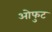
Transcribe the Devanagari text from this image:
ओफुट